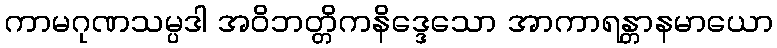
ကာမဂုဏသမ္ပဒါ အဝိဘတ္တိကနိဒ္ဒေသော အာကာရန္တာနမာယော